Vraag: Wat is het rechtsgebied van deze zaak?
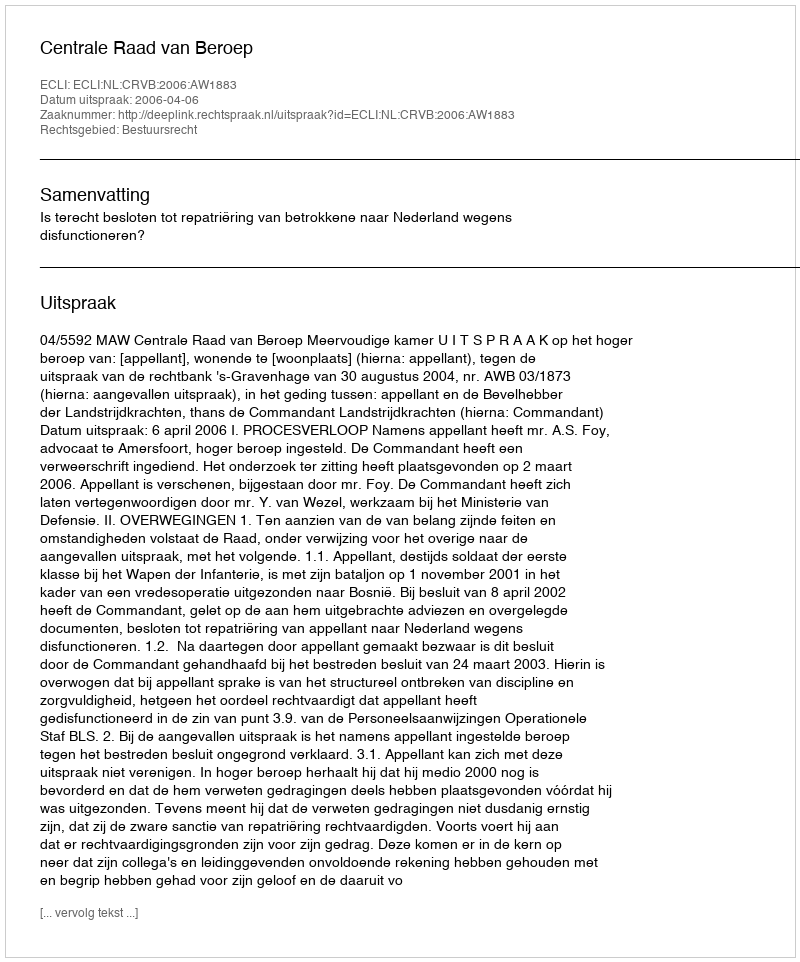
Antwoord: Bestuursrecht